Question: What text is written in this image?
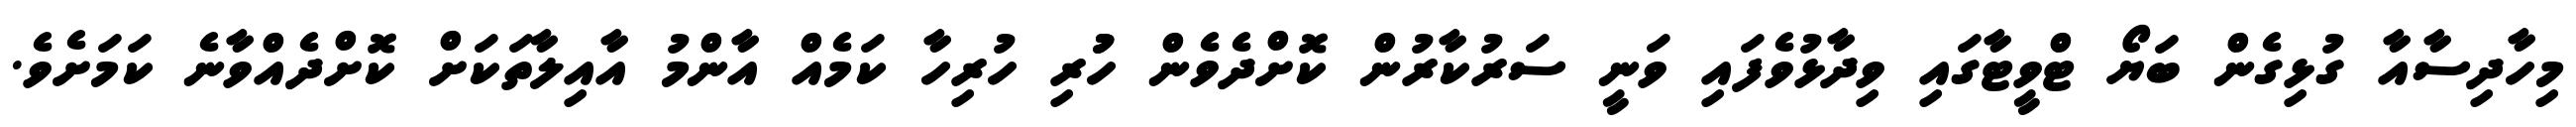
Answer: މިހާދިސާއާ ގުޅިގެން ބަޔޯ ޓްވީޓާގައި ވިދާޅުވެފައި ވަނީ ސަރުކާރުން ކޮށްދެވެން ހުުރި ހުރިހާ ކަމެއް އާންމު އާއިލާތަކަށް ކޮށްދެއްވާނެ ކަމަށެވެ.